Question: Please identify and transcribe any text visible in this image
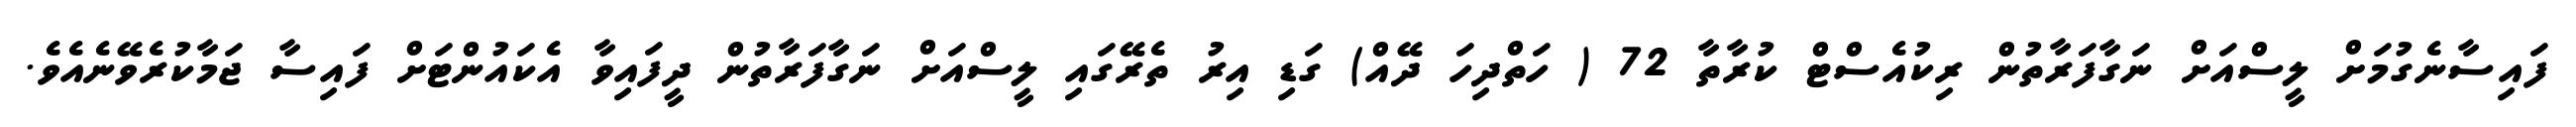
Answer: ފައިސާނެގުމަށް ލީސްއަށް ނަގާފަރާތުން ރިކުއެސްޓް ކުރާތާ 72 ( ހަތްދިހަ ދޭއް) ގަޑި އިރު ތެރޭގައި ލީސްއަށް ނަގާފަރާތުން ދީފައިވާ އެކައުންޓަށް ފައިސާ ޖަމާކުރެވޭނެއެވެ.